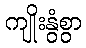
ကျိုးနွံစွာ